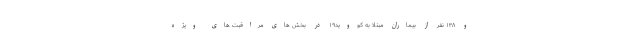
و ۱۳۸ نفر از بیماران مبتلا به کووید۱۹ در بخش های مراقبت های ویژه